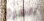
العرق